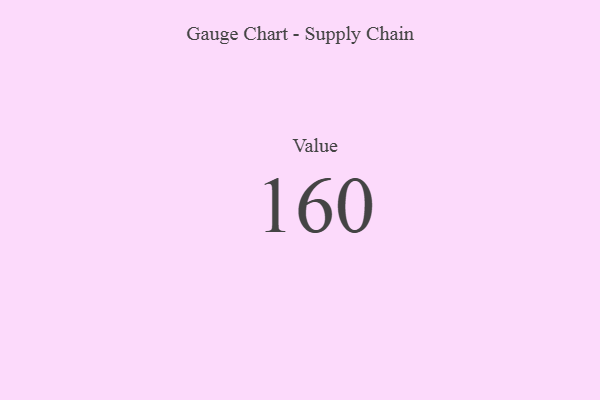
{"axis": {"x": "Metric", "y": "Value"}, "legend": [""], "data": [{"x": "Value", "y": 160, "type": ""}]}